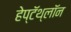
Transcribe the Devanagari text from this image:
हेप्टॅथ्‍लॉन